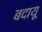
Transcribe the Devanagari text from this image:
बदायू